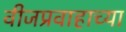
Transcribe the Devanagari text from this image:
वीजप्रवाहाच्या